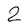
Character: 2